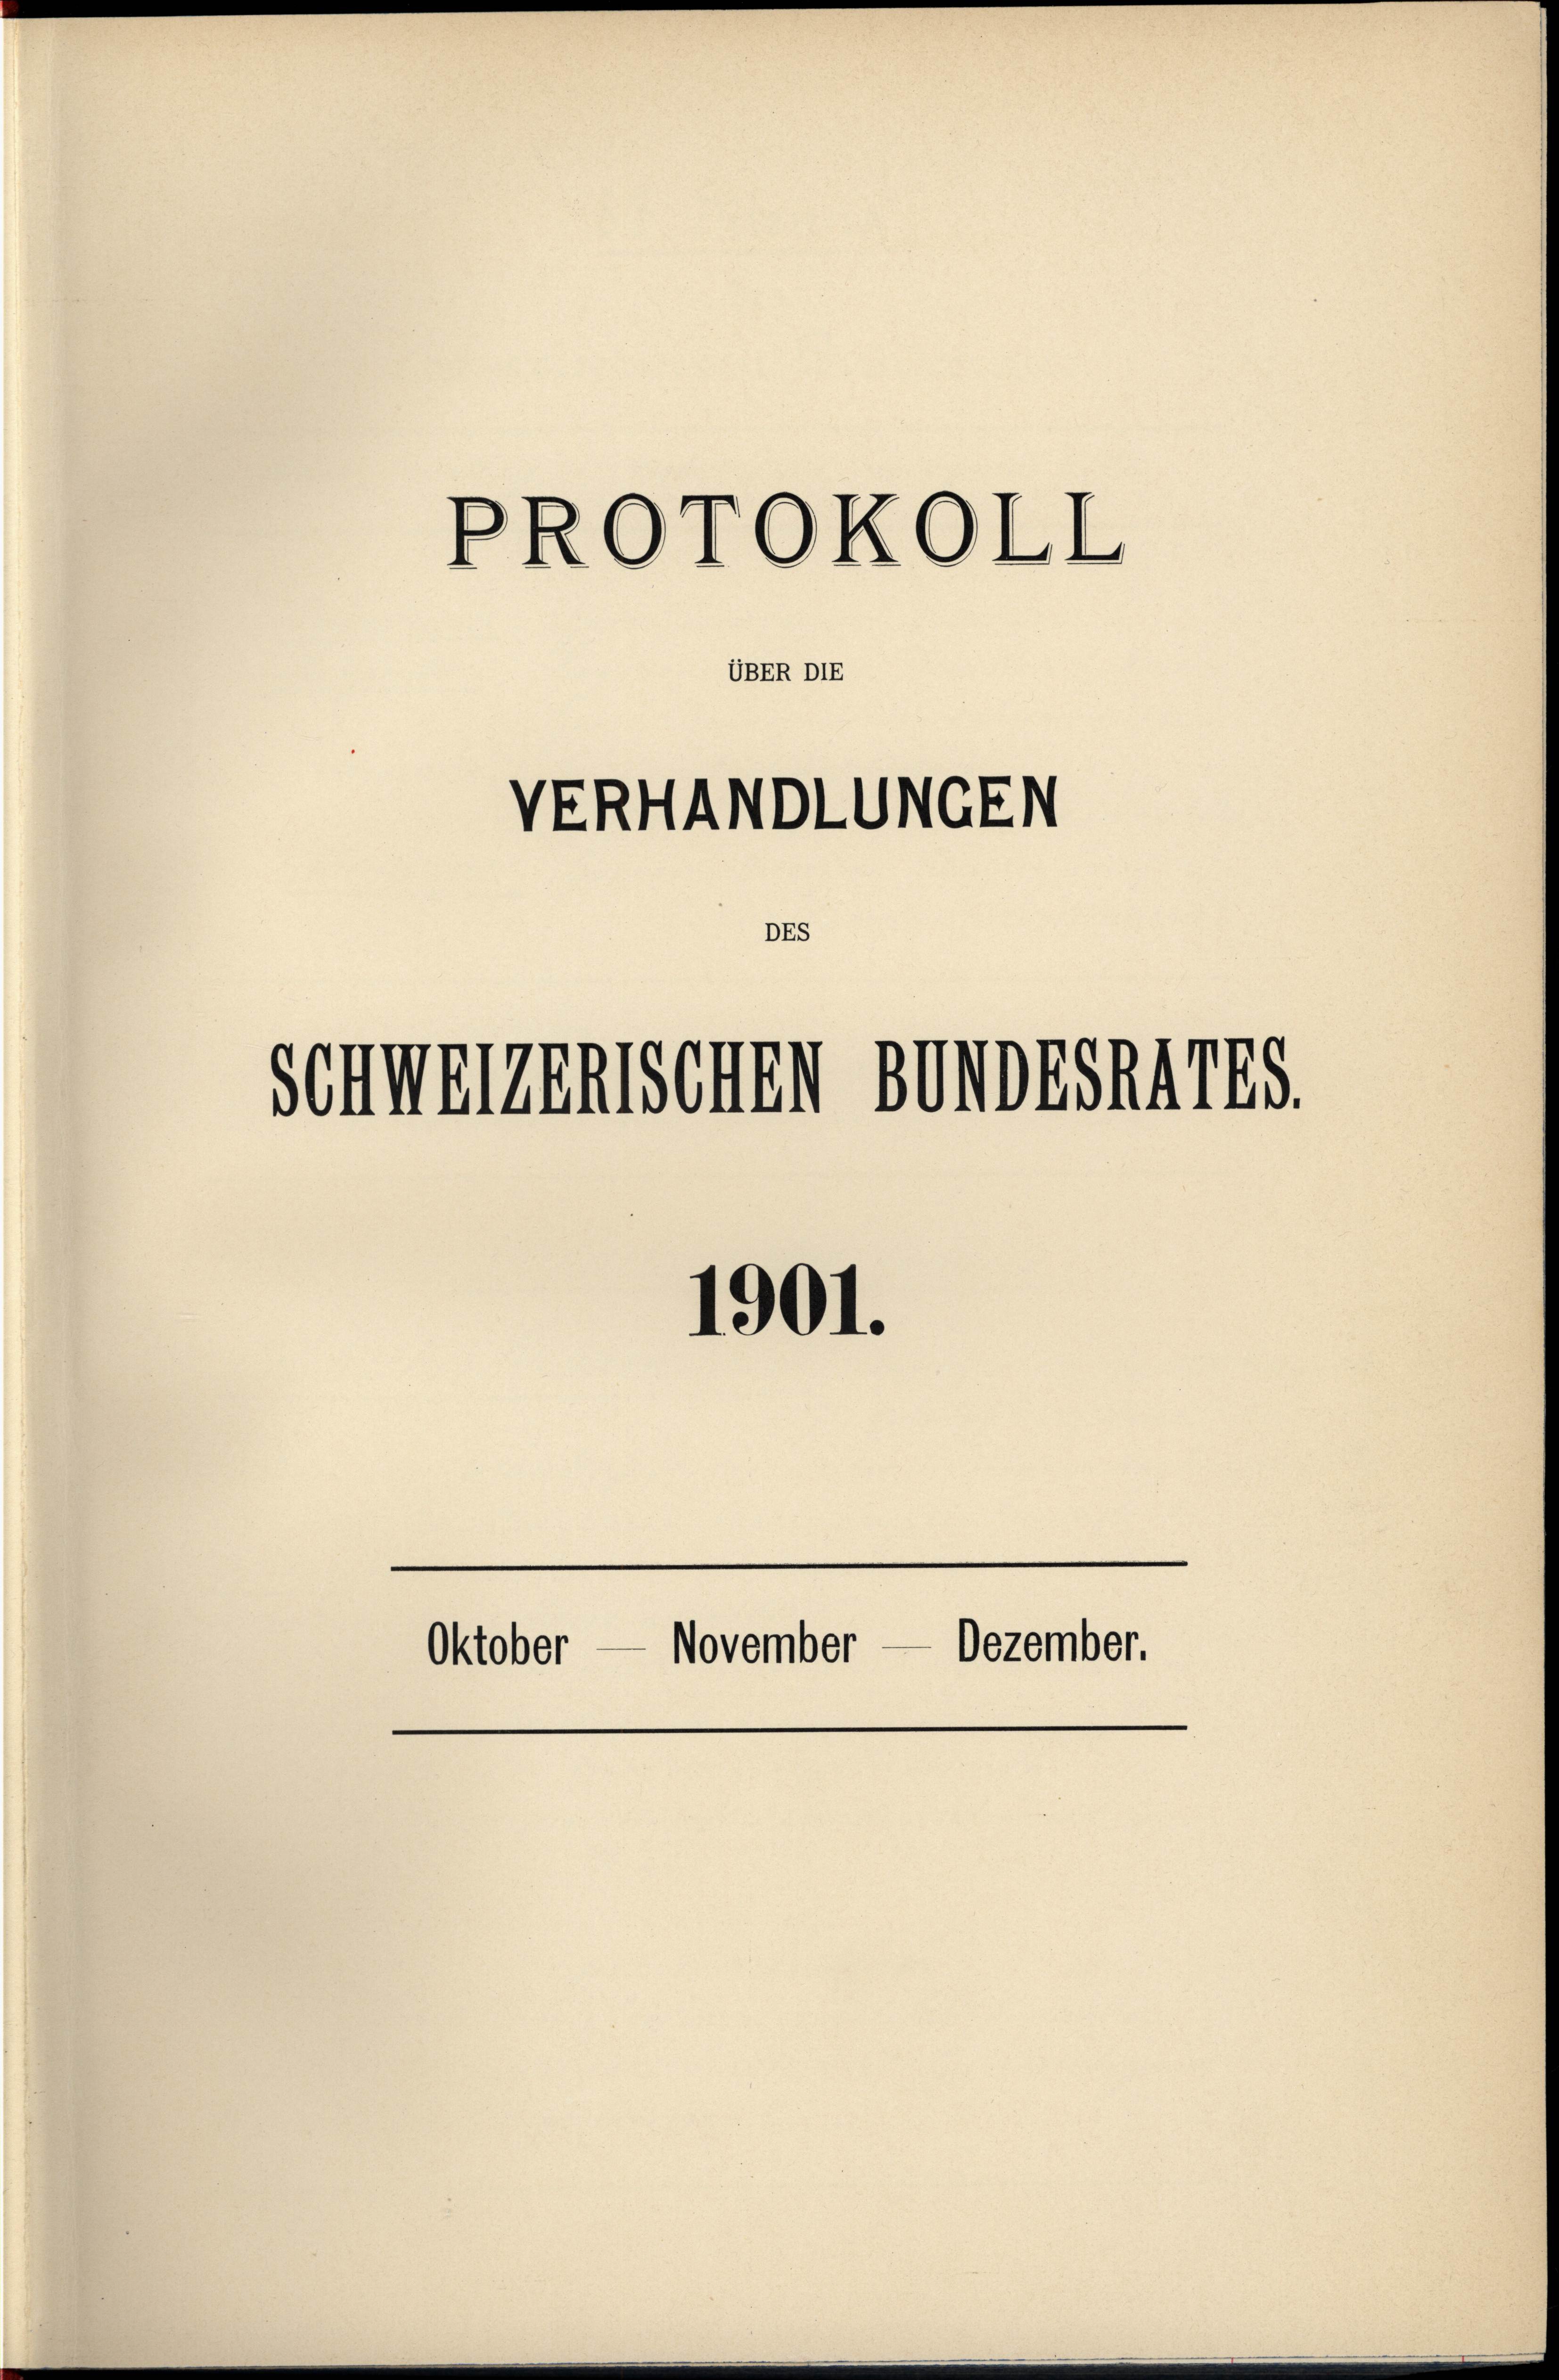
Schmerenischen BenDESAATES.

VERHANDLUNGEN

PROTOKOLL

UBER DIE

DES

1901.
November — Dezember.
Oktober